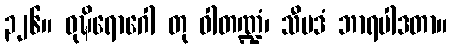
၃၂၆။ ဝုဍ္ဎိရောဂေါ တု ဝါတဏ္ဍံ၊ သီပဒံ ဘာရပါဒတာ။